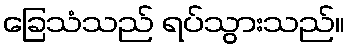
ခြေသံသည် ရပ်သွားသည်။